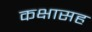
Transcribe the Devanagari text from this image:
कक्षासह